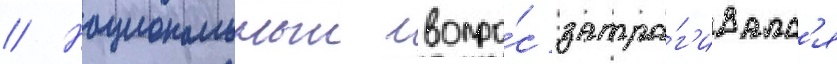
// Национальныи вопро́с затра́г'ивалс'я